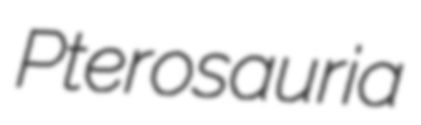
Pterosauria